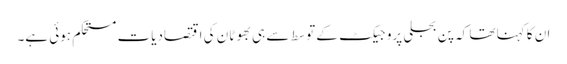
ان کا کہنا تھا کہ پن بجلی پروجیکٹ کے توسط سے ہی بھوٹان کی اقتصادیات مستحکم ہوئی ہے۔